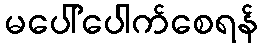
မပေါ်ပေါက်စေရန်